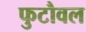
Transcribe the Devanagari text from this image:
फुटौवल